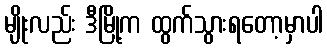
မျိုးလည်း ဒီမြို့က ထွက်သွားရတော့မှာပါ